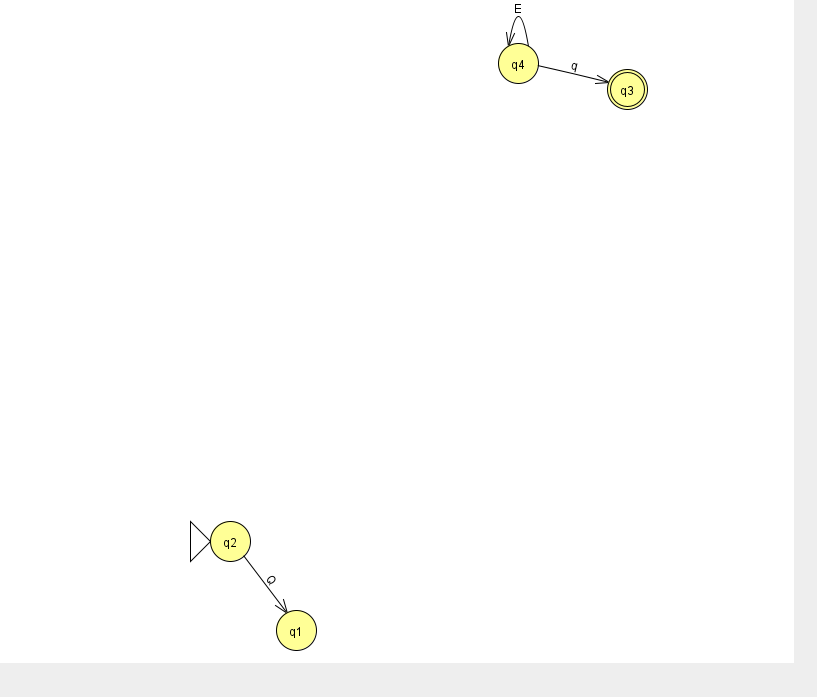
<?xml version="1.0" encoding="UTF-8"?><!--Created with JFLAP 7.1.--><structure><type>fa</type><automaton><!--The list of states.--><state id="1" name="q1"><x>296.0</x><y>617.0</y></state><state id="2" name="q2"><x>230.0</x><y>528.0</y><initial/></state><state id="3" name="q3"><x>627.0</x><y>76.0</y><final/></state><state id="4" name="q4"><x>518.0</x><y>50.0</y></state><!--The list of transitions.--><transition><from>4</from><to>4</to><read>E</read></transition><transition><from>4</from><to>3</to><read>q</read></transition><transition><from>2</from><to>1</to><read>Q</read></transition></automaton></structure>